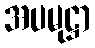
အပမုဋ္ဌာ